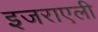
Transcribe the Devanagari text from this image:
इजराएली